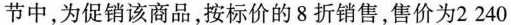
节中，为促销该商品，按标价的8折销售，售价为2240